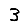
Digit: 3